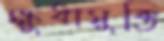
ক্ষুধামুক্তি